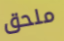
ملحق